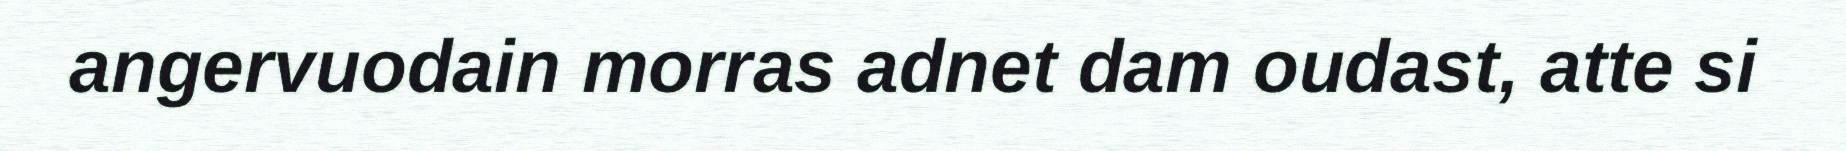
angervuodain morras adnet dam oudast, atte si